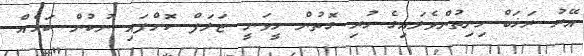
އޭރު ރަޚަބް ހިނިތުންވެލައިގެ ހުރި ގޮތުން ހީވަނީ ޒަލަފް ކޮށްފައި ނުކުން ކަމެއް